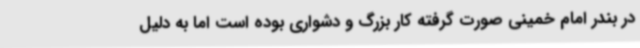
در بندر امام خمینی صورت گرفته کار بزرگ و دشواری بوده است اما به دلیل